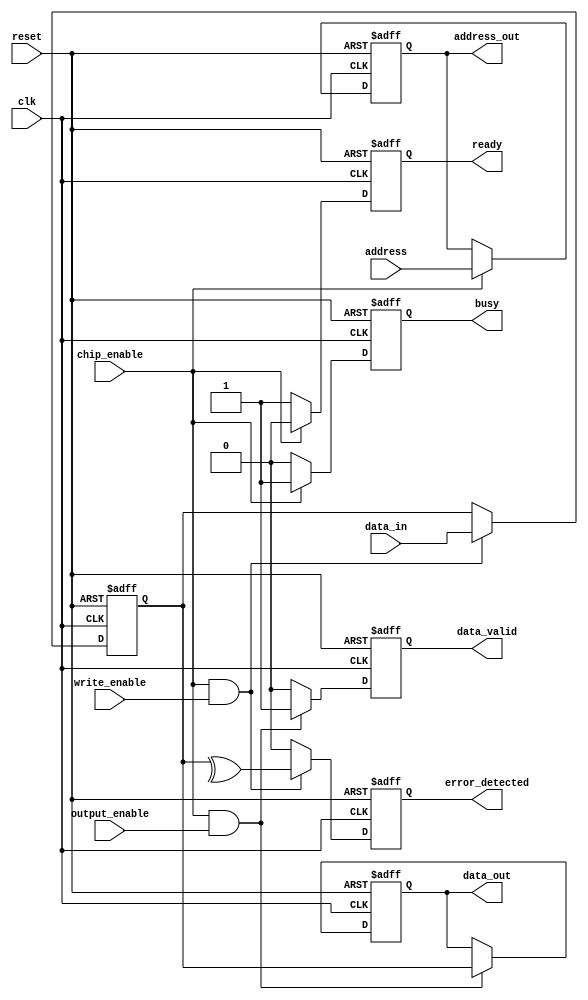
module nor_flash_io (
    input wire clk,
    input wire reset,
    
    // Control Signals
    input wire chip_enable,
    input wire write_enable,
    input wire output_enable,
    
    // Data Signals
    input wire [7:0] data_in,      // 8-bit data input
    output reg [7:0] data_out,     // 8-bit data output
    output reg data_valid,          // Data valid signal
    
    // Address Signals
    input wire [15:0] address,      // 16-bit address input
    output reg [15:0] address_out,   // Address output
    
    // Status Signals
    output reg busy,                // Busy status
    output reg ready,               // Ready status
    
    // Error Detection
    output reg error_detected       // Error detected signal
);

// Data Input Buffer
reg [7:0] data_buffer;
always @(posedge clk or posedge reset) begin
    if (reset) begin
        data_buffer <= 8'b0;
    end else if (chip_enable && write_enable) begin
        data_buffer <= data_in; // Capture incoming data
    end
end

// Data Output Buffer
always @(posedge clk or posedge reset) begin
    if (reset) begin
        data_out <= 8'b0;
        data_valid <= 1'b0;
    end else if (chip_enable && output_enable) begin
        data_out <= data_buffer; // Output the buffered data
        data_valid <= 1'b1;       // Data is valid
    end else begin
        data_valid <= 1'b0;       // Data not valid
    end
end

// Control Signal Decoder
always @(posedge clk or posedge reset) begin
    if (reset) begin
        busy <= 1'b0;
        ready <= 1'b1;
    end else if (chip_enable) begin
        busy <= 1'b1; // Device is busy
        ready <= 1'b0; // Device is not ready
    end else begin
        busy <= 1'b0; // Device is not busy
        ready <= 1'b1; // Device is ready
    end
end

// Address Buffer
always @(posedge clk or posedge reset) begin
    if (reset) begin
        address_out <= 16'b0;
    end else if (chip_enable) begin
        address_out <= address; // Capture the address
    end
end

// Error Detection Logic (simple parity check)
always @(posedge clk or posedge reset) begin
    if (reset) begin
        error_detected <= 1'b0;
    end else if (chip_enable && write_enable) begin
        // Simple parity check (even parity)
        error_detected <= ^data_buffer; // XOR all bits for parity check
    end else begin
        error_detected <= 1'b0; // No error detected
    end
end

// Power Management (simplified)
always @(posedge clk or posedge reset) begin
    if (reset) begin
        // Initialize power management signals
    end else begin
        // Manage power states as needed
    end
end

// Timing Control (simplified)
always @(posedge clk or posedge reset) begin
    if (reset) begin
        // Initialize timing control signals
    end else begin
        // Generate timing signals for read/write operations
    end
end

endmodule